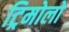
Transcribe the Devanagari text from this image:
ट्रिमोलो